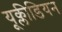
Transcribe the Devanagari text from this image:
यूक्लीडियन